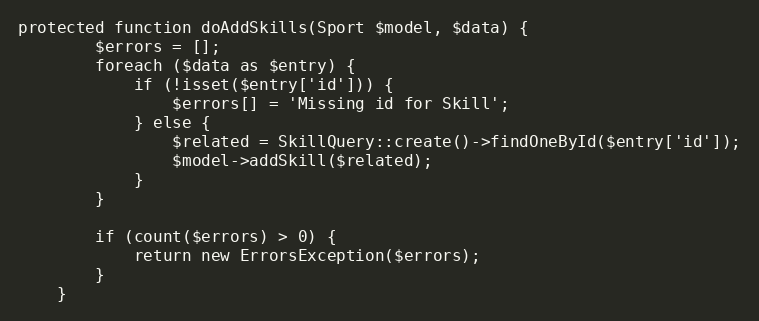
Language: PHP
protected function doAddSkills(Sport $model, $data) {
		$errors = [];
		foreach ($data as $entry) {
			if (!isset($entry['id'])) {
				$errors[] = 'Missing id for Skill';
			} else {
				$related = SkillQuery::create()->findOneById($entry['id']);
				$model->addSkill($related);
			}
		}

		if (count($errors) > 0) {
			return new ErrorsException($errors);
		}
	}